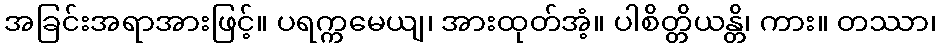
အခြင်းအရာအားဖြင့်။ ပရက္ကမေယျ၊ အားထုတ်အံ့။ ပါစိတ္တိယန္တိ၊ ကား။ တဿာ၊